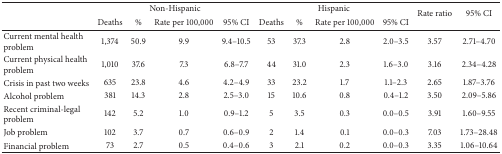
|  | <COLSPAN=4> Non-Hispanic | <COLSPAN=4> Hispanic | <ROWSPAN=2> Rate ratio | <ROWSPAN=2> 95% CI |
 |  | Deaths | % | Rate per 100,000 | 95% CI | Deaths | % | Rate per 100,000 | 95% CI |
 | --- | --- | --- | --- | --- | --- | --- | --- | --- | --- | --- |
 | Current mental health problem | 1,374 | 50.9 | 9.9 | 9.4–10.5 | 53 | 37.3 | 2.8 | 2.0–3.5 | 3.57 | 2.71–4.70 |
 | Current physical health problem | 1,010 | 37.6 | 7.3 | 6.8–7.7 | 44 | 31.0 | 2.3 | 1.6–3.0 | 3.16 | 2.34–4.28 |
 | Crisis in past two weeks | 635 | 23.8 | 4.6 | 4.2–4.9 | 33 | 23.2 | 1.7 | 1.1–2.3 | 2.65 | 1.87–3.76 |
 | Alcohol problem | 381 | 14.3 | 2.8 | 2.5–3.0 | 15 | 10.6 | 0.8 | 0.4–1.2 | 3.50 | 2.09–5.86 |
 | Recent criminal-legal problem | 142 | 5.2 | 1.0 | 0.9–1.2 | 5 | 3.5 | 0.3 | 0.0–0.5 | 3.91 | 1.60–9.55 |
 | Job problem | 102 | 3.7 | 0.7 | 0.6–0.9 | 2 | 1.4 | 0.1 | 0.0–0.3 | 7.03 | 1.73–28.48 |
 | Financial problem | 73 | 2.7 | 0.5 | 0.4–0.6 | 3 | 2.1 | 0.2 | 0.0–0.3 | 3.35 | 1.06–10.64 |